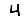
Digit: 4